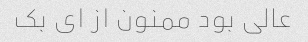
عالی بود ممنون از ای بک